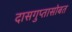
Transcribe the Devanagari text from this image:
दासगुप्तासोबत